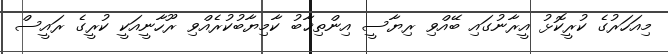
މިއަހަރުގެ ކުރީކޮޅު އީރާނުގައި ބޭއްވި ރިޔާސީ އިންތިޚާބު ކާމިޔާބުކުރެއްވި ރޫހާނީއަކީ ކުރީގެ ރައީސް